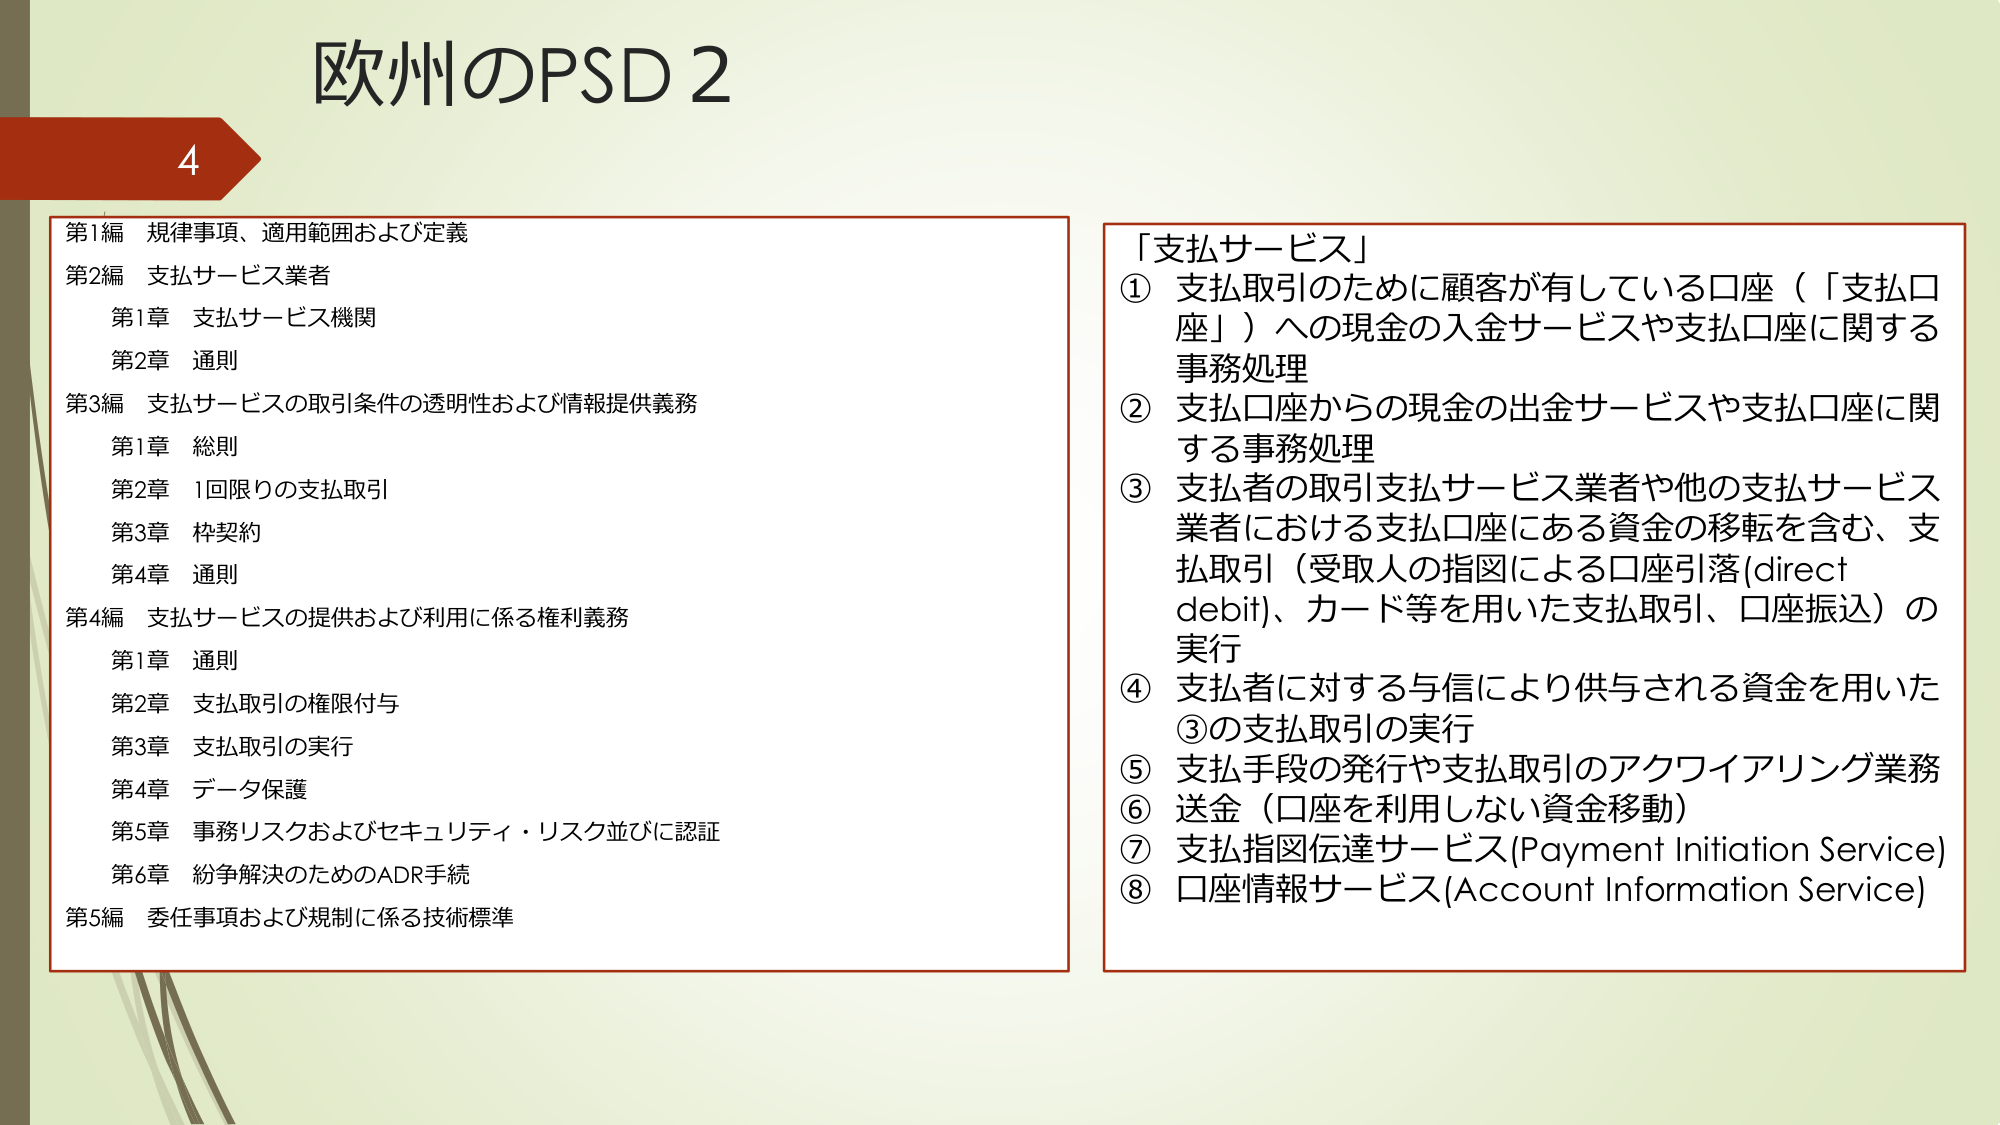
欧州のPSD 2

4

第1編 規律事項、適用範囲および定義
第2編 支払サービス業者
　第1章 支払サービス機関
　第2章 通則
第3編 支払サービスの取引条件の透明性および情報提供義務
　第1章 総則
　第2章 1回限りの支払取引
　第3章 枠契約
　第4章 通則
第4編 支払サービスの提供および利用に係る権利義務
　第1章 通則
　第2章 支払取引の権限付与
　第3章 支払取引の実行
　第4章 データ保護
　第5章 事務リスクおよびセキュリティ・リスク並びに認証
　第6章 紛争解決のためのADR手続
第5編 委任事項および規制に係る技術標準

「支払サービス」
① 支払取引のために顧客が有している口座（「支払口座」）への現金の入金サービスや支払口座に関する事務処理
② 支払口座からの現金の出金サービスや支払口座に関する事務処理
③ 支払者の取引支払サービス業者や他の支払サービス業者における支払口座にある資金の移転を含む、支払取引（受取人の指図による口座引落(direct debit)、カード等を用いた支払取引、口座振込）の実行
④ 支払者に対する与信により供与される資金を用いた③の支払取引の実行
⑤ 支払手段の発行や支払取引のアクワイアリング業務
⑥ 送金（口座を利用しない資金移動）
⑦ 支払指図伝達サービス(Payment Initiation Service)
⑧ 口座情報サービス(Account Information Service)